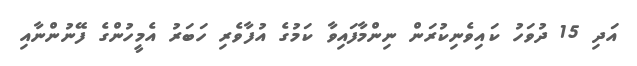
އަދި 15 ދުވަހު ކައިވެނިކުރަން ނިންމާފައިވާ ކަމުގެ އުފާވެރި ހަބަރު އެމީހުންގެ ފޭނުންނާއި